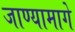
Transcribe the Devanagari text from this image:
जाण्यामागे